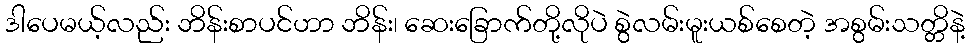
ဒါပေမယ့်လည်း ဘိန်းစာပင်ဟာ ဘိန်း၊ ဆေးခြောက်တို့လိုပဲ စွဲလမ်းမူးယစ်စေတဲ့ အစွမ်းသတ္တိနဲ့